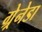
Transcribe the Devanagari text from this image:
ग्र्रेनेडा